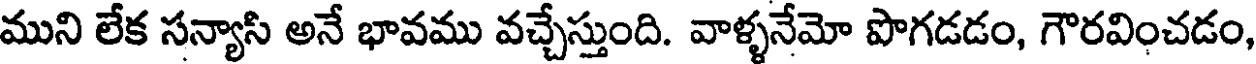
ముని లేక సన్యాసి అనే భావము వచ్చేస్తుంది. వాళ్ళనేమో పొగడడం, గౌరవించడం,